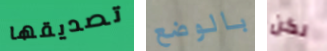
تصديقها بالوضع لكن